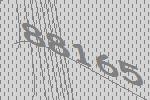
88165